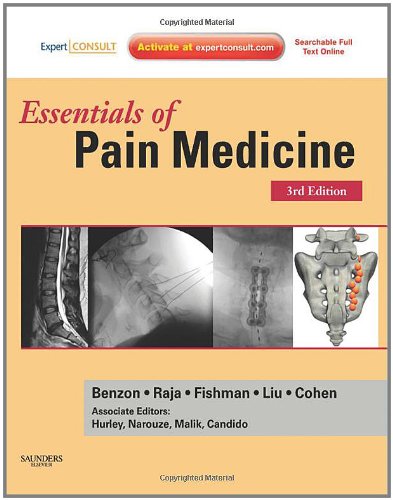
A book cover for Essentials of Pain Medicine, 3e; Honorio Benzon MD; Medical Books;